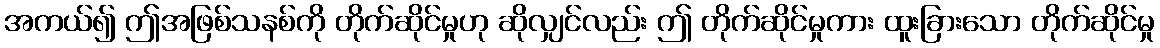
အကယ်၍ ဤအဖြစ်သနစ်ကို တိုက်ဆိုင်မှုဟု ဆိုလျှင်လည်း ဤ တိုက်ဆိုင်မှုကား ထူးခြားသော တိုက်ဆိုင်မှု